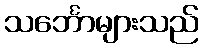
သင်္ဘောများသည်